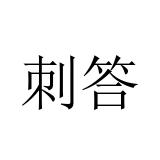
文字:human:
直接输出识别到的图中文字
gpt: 刺答